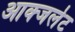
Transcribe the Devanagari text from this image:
आक्जलेट